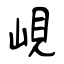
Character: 峴